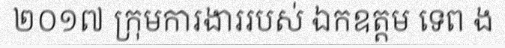
២០១៧ ក្រុមការងាររបស់ ឯកឧត្តម ទេព ង